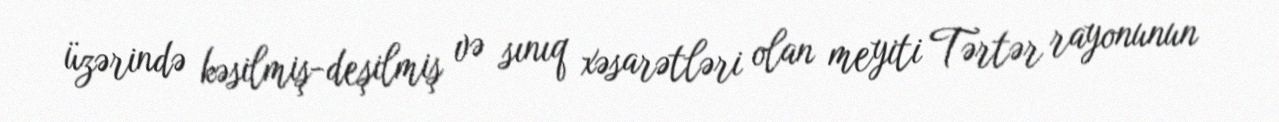
üzərində kəsilmiş-deşilmiş və sınıq xəsarətləri olan meyiti Tərtər rayonunun